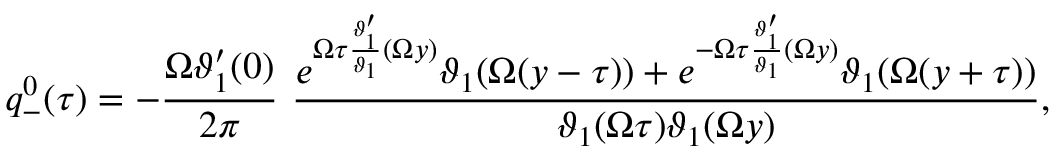
q _ { - } ^ { 0 } ( \tau ) = - \frac { \Omega \vartheta _ { 1 } ^ { \prime } ( 0 ) } { 2 \pi } ~ \frac { e ^ { \Omega \tau \frac { \vartheta _ { 1 } ^ { \prime } } { \vartheta _ { 1 } } ( \Omega y ) } \vartheta _ { 1 } ( \Omega ( y - \tau ) ) + e ^ { - \Omega \tau \frac { \vartheta _ { 1 } ^ { \prime } } { \vartheta _ { 1 } } ( \Omega y ) } \vartheta _ { 1 } ( \Omega ( y + \tau ) ) } { \vartheta _ { 1 } ( \Omega \tau ) \vartheta _ { 1 } ( \Omega y ) } ,